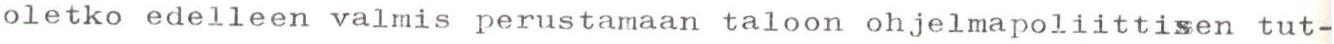
oletko edelleen valmis perustamaan taloon ohjelmapoliittisen tut-